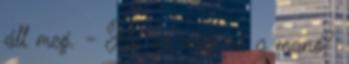
áll meg. - Hé, ez meg mi a manó?